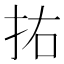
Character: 𭠗